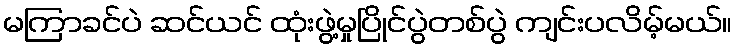
မကြာခင်ပဲ ဆင်ယင် ထုံးဖွဲ့မှုပြိုင်ပွဲတစ်ပွဲ ကျင်းပလိမ့်မယ်။